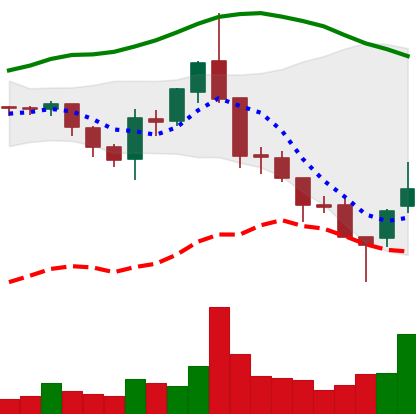
Ticker: ETC-USD
Chart end date: 2018-08-16
Forward return: -8.642%
Label: down_7plus